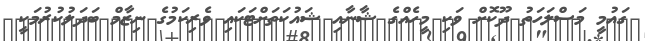
ގައުމީ މަސްލަހަތު ދޫކޮށް ވަކި މީހެއްގެ ޝާނާއި ޝައުކަތަށްޓަކައި ވެރިކަމުގެ ނިޒާމް ބަދަލުކުރުމަކީ